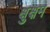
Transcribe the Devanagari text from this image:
क्षुक्षम